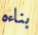
بناءه